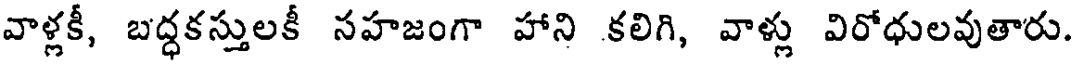
వాళ్లకీ, బద్ధకస్తులకీ సహజంగా హాని కలిగి, వాళ్లు విరోధులవుతారు.